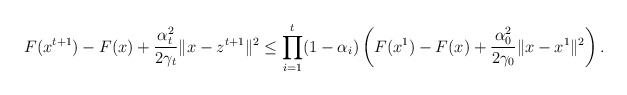
\begin{align*}F(x^{t+1})-F(x)+\frac{\alpha_t^2}{2\gamma_t}\|x-z^{t+1}\|^2\leq\prod_{i=1}^t(1-\alpha_i)\left(F(x^1)-F(x)+\frac{\alpha^2_{0}}{2\gamma_{0}}\|x-x^1\|^2\right).\end{align*}